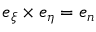
\boldsymbol e _ { \xi } \boldsymbol \times \boldsymbol e _ { \eta } = \boldsymbol e _ { n }